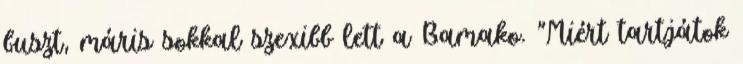
buszt, máris sokkal szexibb lett a Bamako. "Miért tartjátok